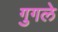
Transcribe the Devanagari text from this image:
गुगले